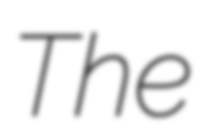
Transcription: The